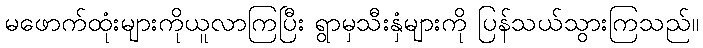
မဖောက်ထုံးများကိုယူလာကြပြီး ရွာမှသီးနှံများကို ပြန်သယ်သွားကြသည်။